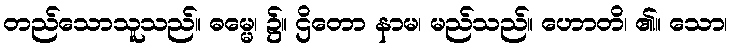
တည်သောသူသည်။ ဓမ္မေ၊ ၌။ ဌိတော နာမ၊ မည်သည်။ ဟောတိ၊ ၏။ သော၊